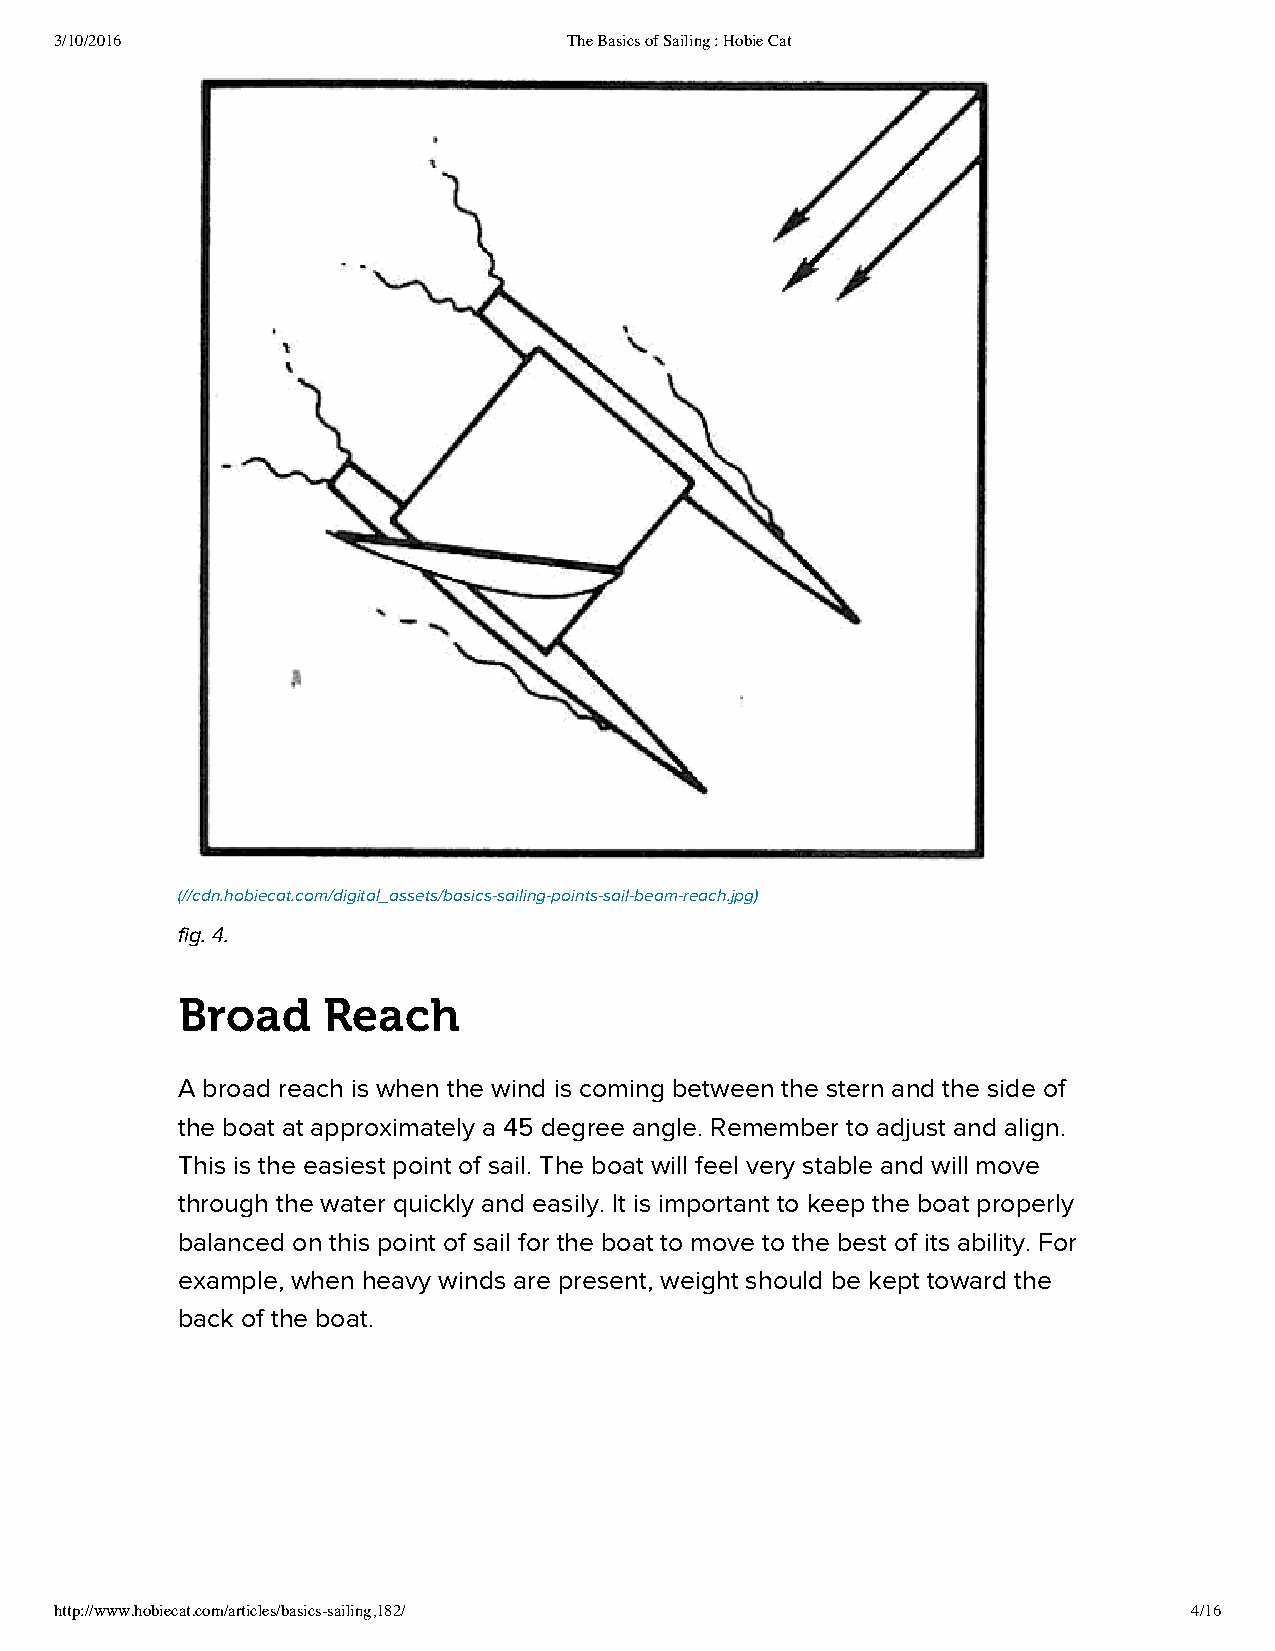
3/10/2016                         The Basics of Sailing : Hobie Cat
 (//cdn.hobiecat.com/digital_assets/basics-sailing-points-sail-beam-reach.jpg)
 fig. 4.
 Broad    Reach
 A broad reach is when the wind is coming between the stern and the side of
 the boat at approximately a 45 degree angle. Remember to adjust and align.
 This is the easiest point of sail. The boat will feel very stable and will move
 through the water quickly and easily. It is important to keep the boat properly
 balanced on this point of sail for the boat to move to the best of its ability. For
 example, when heavy winds are present, weight should be kept toward the
 back of the boat.
 http://www.hobiecat.com/articles/basics-sailing,182/                       4/16